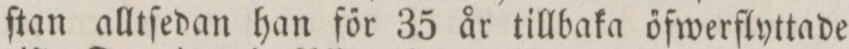
ſtan alltſedan han főr 35 år tillbaka őfwerflyttade